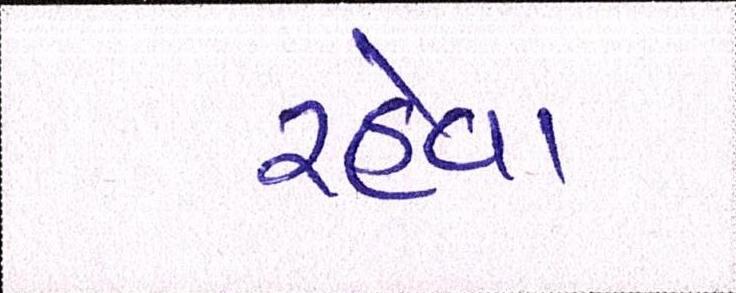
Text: રહેવા